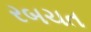
રબચત